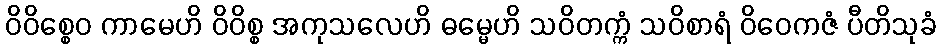
ဝိဝိစ္စေဝ ကာမေဟိ ဝိဝိစ္စ အကုသလေဟိ ဓမ္မေဟိ သဝိတက္ကံ သဝိစာရံ ဝိဝေကဇံ ပီတိသုခံ